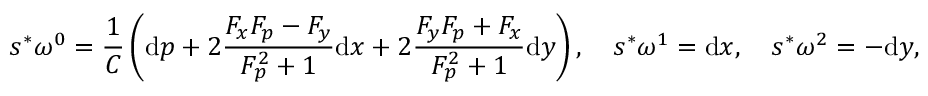
s ^ { * } \omega ^ { 0 } = \frac { 1 } { C } \left( \mathrm { d } p + 2 \frac { F _ { x } F _ { p } - F _ { y } } { F _ { p } ^ { 2 } + 1 } \mathrm { d } x + 2 \frac { F _ { y } F _ { p } + F _ { x } } { F _ { p } ^ { 2 } + 1 } \mathrm { d } y \right) , \quad s ^ { * } \omega ^ { 1 } = \mathrm { d } x , \quad s ^ { * } \omega ^ { 2 } = - \mathrm { d } y ,